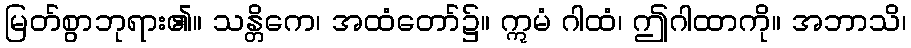
မြတ်စွာဘုရား၏။ သန္တိကေ၊ အထံတော်၌။ ဣမံ ဂါထံ၊ ဤဂါထာကို။ အဘာသိ၊